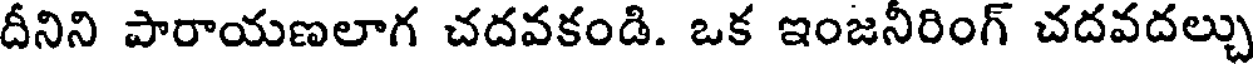
దీనిని పారాయణలాగ చదవకండి. ఒక ఇంజనీరింగ్ చదవదల్చు